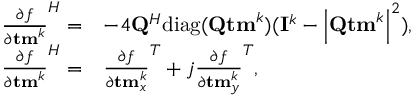
\begin{array} { r l } { { \frac { \partial f } { \partial { \bf t m } ^ { k } } } ^ { H } = } & { - 4 { \bf { Q } } ^ { H } \mathrm { d i a g } ( { \bf { Q } } { \bf { t m } } ^ { k } ) ( { \bf { I } } ^ { k } - \left| { \bf { Q } } { \bf { t m } } ^ { k } \right| ^ { 2 } ) , } \\ { { \frac { \partial f } { \partial { \bf t m } ^ { k } } } ^ { H } = } & { \frac { \partial f } { \partial { \bf t m } _ { x } ^ { k } } ^ { T } + j \frac { \partial f } { \partial { \bf t m } _ { y } ^ { k } } ^ { T } , } \end{array}